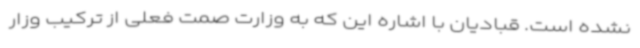
نشده است. قبادیان با اشاره این که به وزارت صمت فعلی از ترکیب وزار